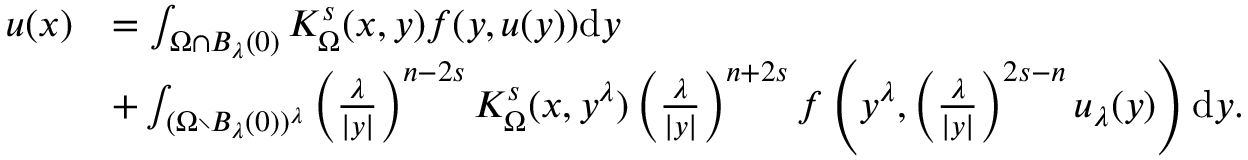
\begin{array} { r l } { u ( x ) } & { = \int _ { \Omega \cap B _ { \lambda } ( 0 ) } K _ { \Omega } ^ { s } ( x , y ) f ( y , u ( y ) ) \mathrm d y } \\ & { + \int _ { ( \Omega \setminus B _ { \lambda } ( 0 ) ) ^ { \lambda } } \left( \frac { \lambda } { | y | } \right) ^ { n - 2 s } K _ { \Omega } ^ { s } ( x , y ^ { \lambda } ) \left( \frac { \lambda } { | y | } \right) ^ { n + 2 s } f \left( y ^ { \lambda } , \left( \frac { \lambda } { | y | } \right) ^ { 2 s - n } u _ { \lambda } ( y ) \right) \mathrm d y . } \end{array}